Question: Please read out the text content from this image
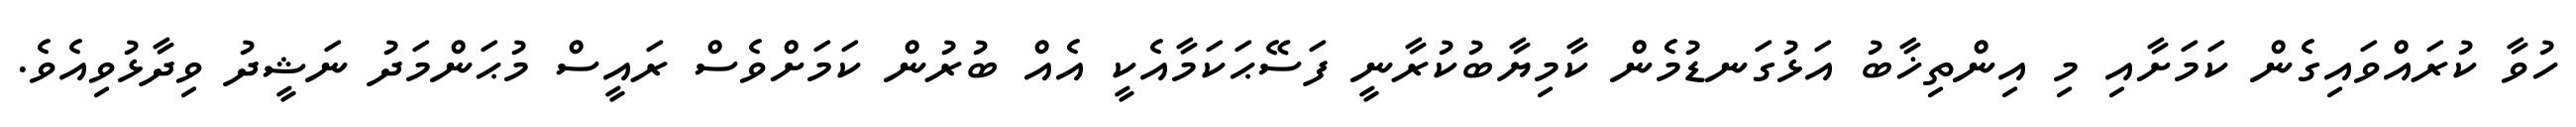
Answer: ހުވާ ކުރައްވައިގެން ކަމަށާއި މި އިންތިޚާބު އަޅުގަނޑުމެން ކާމިޔާބުކުރާނީ ފަސޭޙަކަމާއެކީ އެއް ބުރުން ކަމަށްވެސް ރައީސް މުޙަންމަދު ނަޝީދު ވިދާޅުވިއެވެ.